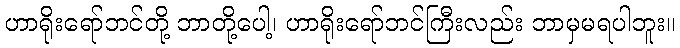
ဟာရိုးရော်ဘင်တို့ ဘာတို့ပေါ့၊ ဟာရိုးရော်ဘင်ကြီးလည်း ဘာမှမရပါဘူး။